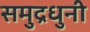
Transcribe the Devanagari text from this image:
समुद्रधुनी